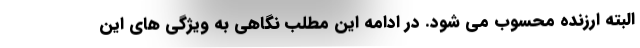
البته ارزنده محسوب می شود. در ادامه این مطلب نگاهی به ویژگی های این